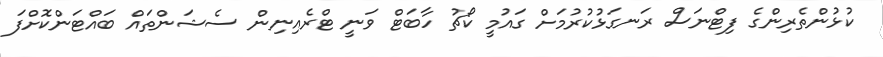
ކުޅުންތެރިންގެ ފިޓްނަސް ރަނގަޅުކުރުމަށް ގައުމީ ކޯޗު ހާބަޓް ވަނީ ޓްރެއިނިން ސެޝަންތައް ބައްޓަންކޮށްފަ